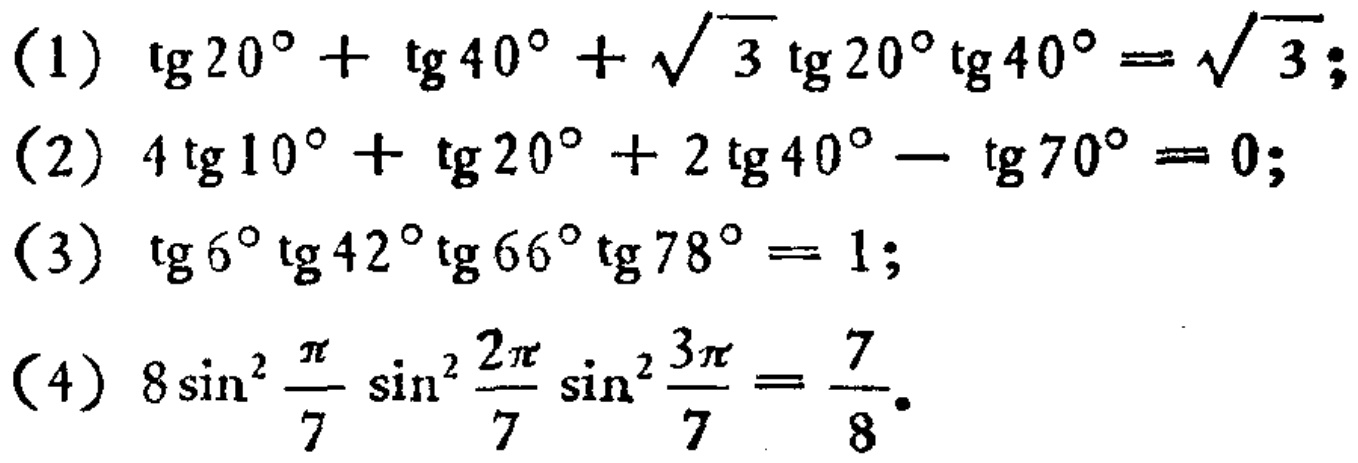
(1) \(\tan20^{\circ}+\tan40^{\circ}+\sqrt{3}\tan20^{\circ}\tan40^{\circ}=\sqrt{3}\);

(2) \(4\tan10^{\circ}+\tan20^{\circ}+2\tan40^{\circ}-\tan70^{\circ}=0\);

(3) \(\tan6^{\circ}\tan42^{\circ}\tan66^{\circ}\tan78^{\circ}=1\);

(4) \(8\sin^{2}\frac{\pi}{7}\sin^{2}\frac{2\pi}{7}\sin^{2}\frac{3\pi}{7}=\frac{7}{8}\).